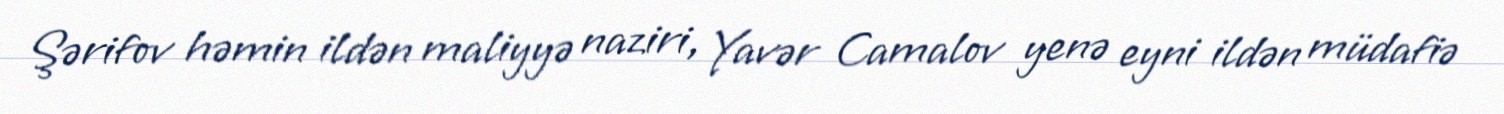
Şərifov həmin ildən maliyyə naziri, Yavər Camalov yenə eyni ildən müdafiə